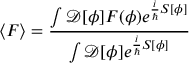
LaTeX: \langle F \rangle = { \frac { \int { \mathcal { D } } [ \phi ] F ( \phi ) e ^ { { \frac { i } { \hbar } } S [ \phi ] } } { \int { \mathcal { D } } [ \phi ] e ^ { { \frac { i } { \hbar } } S [ \phi ] } } }